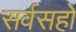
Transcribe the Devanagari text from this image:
सर्वसहो